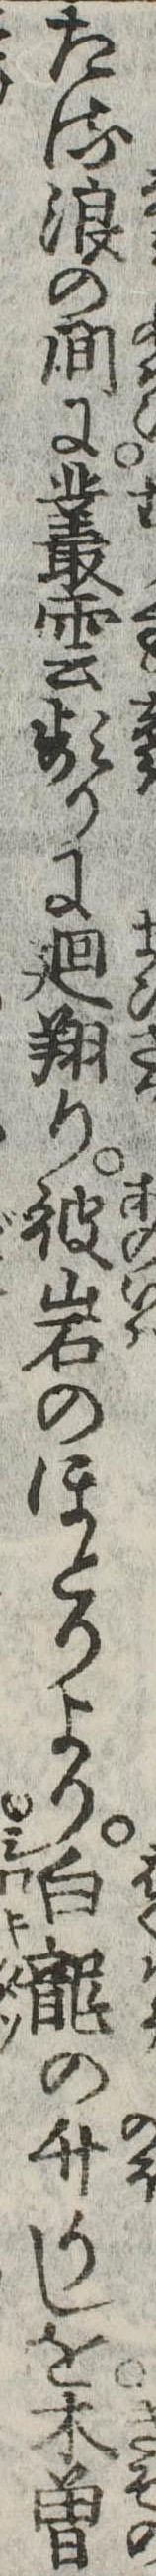
たる浪の間に叢雲頻りに廻翔り彼岩のほとりより白竜の升りしを木曽